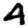
Digit: 4